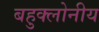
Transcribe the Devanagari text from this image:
बहुक्लोनीय